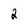
Character: 2